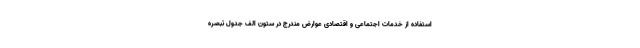
استفاده از خدمات اجتماعی و اقتصادی عوارض مندرج در ستون الف جدول تبصره